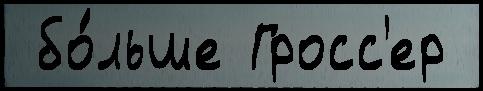
 бо́льше Гросс'ер